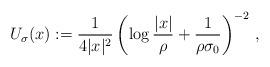
LaTeX: \begin{align*} U_{\sigma}(x) := \frac{1}{4 |x|^2} \left( \log \frac{|x|}{\rho} +\frac{1}{\rho\sigma_0}\right)^{-2}\, ,\end{align*}